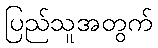
ပြည်သူအတွက်